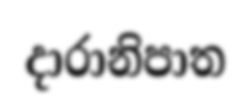
දාරානිපාත